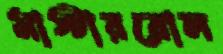
মাস্টাররোল